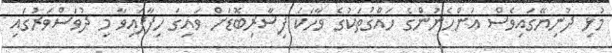
މުޅި ދުނިޔޭގައިވެސް އަންހެނުންގެ ހައްޤުތަކުގެ ވާހަކަ ފިސާރިބޮޑަށް ވައިގަ ހިފާފައިވާ މި ދުވަސްވަރުގައި